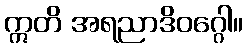
ဣတိ အရညာဒိဝဂ္ဂေါ။